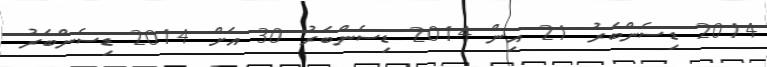
2014 ޑިސެންބަރު 21 އިން 2014 ޑިސެންބަރު 30 އަށް 2014 ޑިސެންބަރު